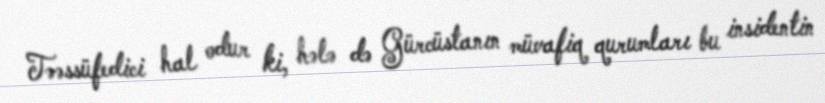
Təəssüfedici hal odur ki, hələ də Gürcüstanın müvafiq qurumları bu insidentin